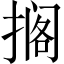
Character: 搁